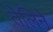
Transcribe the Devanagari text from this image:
तेलिने